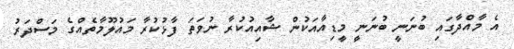
އެ މާއްދާގައި ބުނަނީ ބުނަނީ މީޑިއާއަކުން ޝާއިއުކުރާ ނުވަތަ ފާޅުކުރާ މައުލޫމާތެއްގެ މަސްދަރު